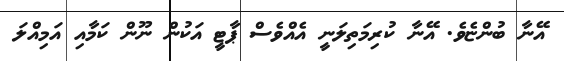
އޭނާ ބުންޏެވެ. އޭނާ ކުރިމަތިލަނީ އެއްވެސް ޕާޓީ އަކުން ނޫން ކަމާއި އަމިއްލަ